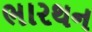
ભારથન